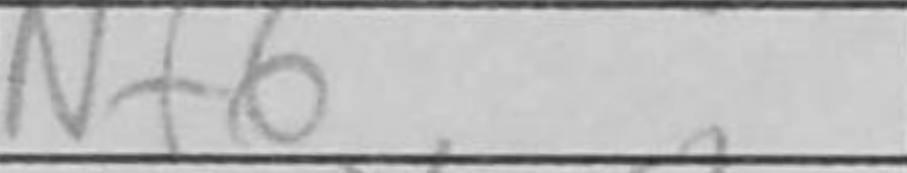
Transcription: Nf6